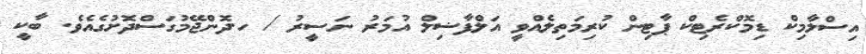
އިސްލާމިކް ޑިމޮކްރެޓިކް ޕާޓިން ކުރިމަތިލެއްވީ އަލްފާޟިލް އުމަރު ނަސީރު / ހ.ދޮންޖޭމުގަސްދޮށުގެއެވެ. ބާކީ